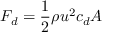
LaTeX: F _ { d } = { \frac { 1 } { 2 } } \rho u ^ { 2 } c _ { d } A